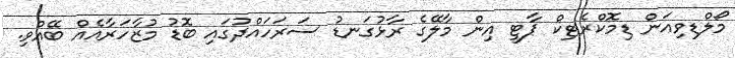
މޯލްޑިވިއަން ޑިމޮކްރެޓިކް ޕާޓީ އިން މާލޭގެ ރާޅުގަނޑު ސަރަހައްދުގައި ބޮޑު މުޒާހަރާއެއް ބޭއްވި.